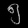
Digit: ၅